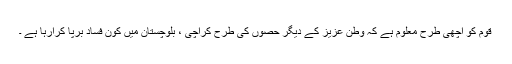
قوم کو اچھی طرح معلوم ہے کہ وطن عزیز کے دیگر حصوں کی طرح کراچی ، بلوچستان میں کون فساد برپا کرارہا ہے ۔